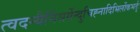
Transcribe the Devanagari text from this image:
त्वदन्यैर्निसर्गेन्दुचिह्नादिभिर्लोकभर्तुः